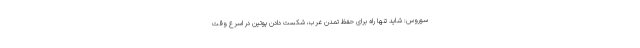
سوروس: شاید تنها راه برای حفظ تمدن غرب، شکست دادن پوتین در اسرع وقت